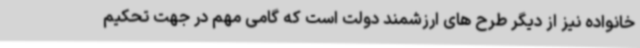
خانواده نیز از دیگر طرح های ارزشمند دولت است که گامی مهم در جهت تحکیم